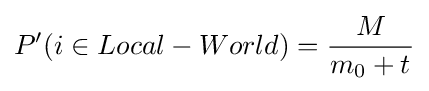
P'(i\in Local-World)={\frac {M}{m_{0}+t^{}}}